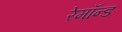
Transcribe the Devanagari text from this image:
रेमॉन्ड